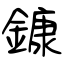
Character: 鏮